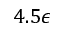
4 . 5 \epsilon